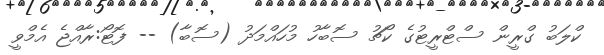
ކްލަބު ގްރީން ސްޓްރީޓުގެ ކޯޗު ސޮބާހު މުހައްމަދު (ސޮބާ) -- ފޮޓޯ:ރާއްޖެ އެމްވީ